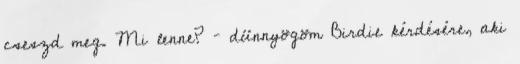
cseszd meg. Mi lenne? – dünnyögöm Birdie kérdésére, aki